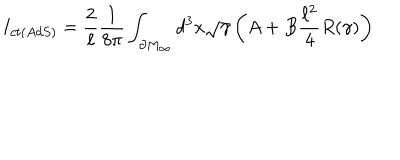
LaTeX: I _ { c t ( A d S ) } = \frac { 2 } { \ell } \frac { 1 } { 8 \pi } \int _ { \partial M _ { \infty } } d ^ { 3 } x \sqrt { \gamma } \left( A + B \frac { \ell ^ { 2 } } { 4 } R ( \gamma ) \right)